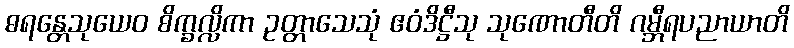
ဓရန္တေသုယေဝ စိက္ခလ္လိကာ ဥတ္တာသေသုံ ဧဝံဒိဋ္ဌီသု သုဏောတီတိ ဂမ္ဘီရပညာယာတိ